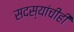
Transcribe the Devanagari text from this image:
सदस्यांचीही